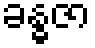
ခန္ဓဇာ